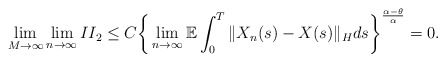
\begin{align*}\lim_{M\rightarrow\infty}\lim_{n\rightarrow\infty} II_2 \leq C \bigg\{ \lim_{n\rightarrow\infty}\mathbb{E} \int_0^{T} \Vert X_n(s) - X(s) \Vert_H ds \bigg\}^{\frac{\alpha-\theta}{\alpha}} = 0 .\end{align*}